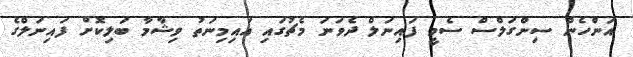
އަންހެން ސިންގަލްސް ސެމީ ފައިނަލް ދެވަނަ މެޗުގައި އައިމިނަތު ވިޝާމާ ބަލިކޮށް ފައިނަލްގެ